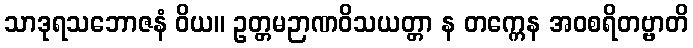
သာဒုရသဘောဇနံ ဝိယ။ ဥတ္တမဉာဏဝိသယတ္တာ န တက္ကေန အဝစရိတဗ္ဗာတိ